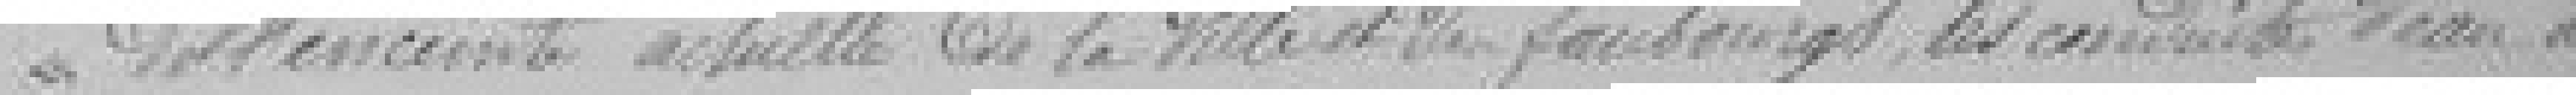
de l'enceinte actuelle de la ville et des faubourgs, les conduites d'eau à